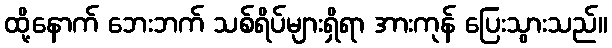
ထို့နောက် ဘေးဘက် သစ်ရိပ်များရှိရာ အားကုန် ပြေးသွားသည်။